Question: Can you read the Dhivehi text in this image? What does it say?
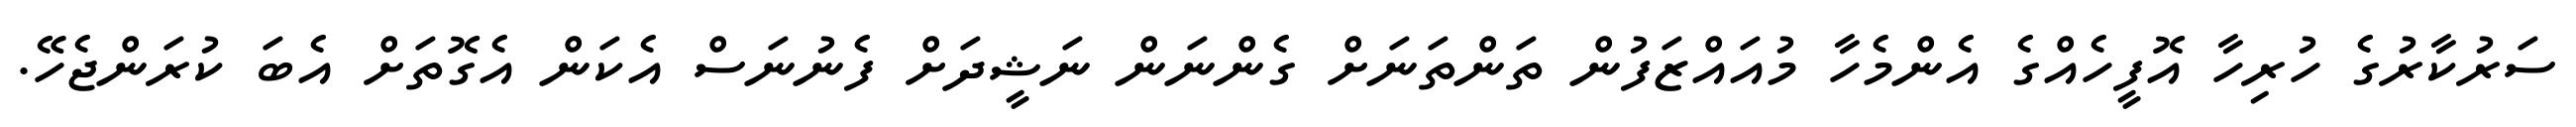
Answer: ސަރުކާރުގެ ހުރިހާ އޮފީހެއްގެ އެންމެހާ މުއައްޒަފުން ތަންތަނަށް ގެންނަން ނަޝީދަށް ފެނުނަސް އެކަން އެގޮތަށް އެބަ ކުރަންޖެހޭ.